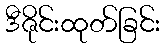
ဒီဇိုင်းထုတ်ခြင်း